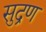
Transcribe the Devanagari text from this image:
सुद्रण